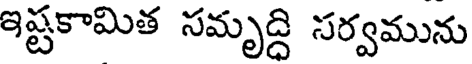
ఇష్టకామిత సమృద్ది సర్వమును